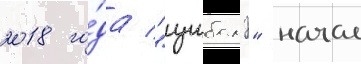
2018 го́да "цубамэ" начал